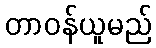
တာဝန်ယူမည်